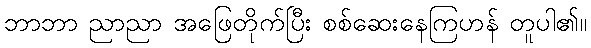
ဘာဘာ ညာညာ အဖြေတိုက်ပြီး စစ်ဆေးနေကြဟန် တူပါ၏။